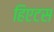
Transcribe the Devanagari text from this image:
हिएटस